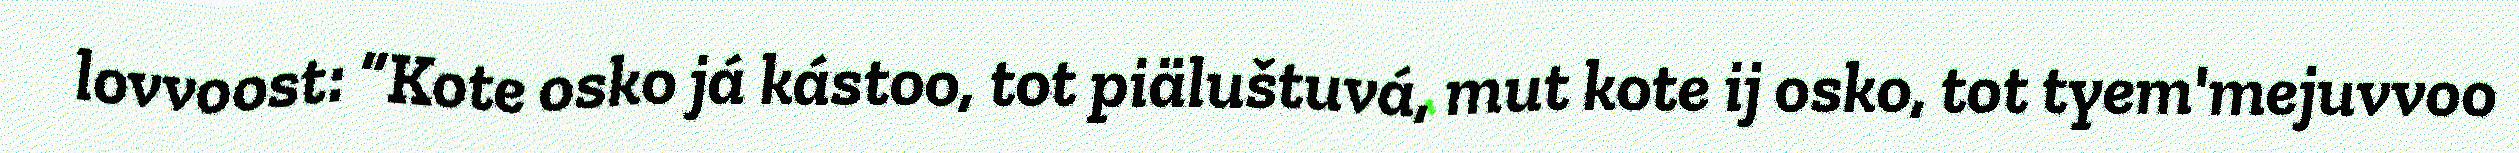
lovvoost: “Kote osko já kástoo, tot piäluštuvá, mut kote ij osko, tot tyem'mejuvvoo